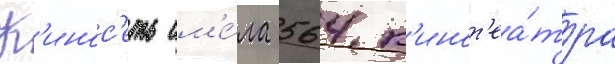
К'инос'еть им'е́ла 564 к'инот'еа́тра